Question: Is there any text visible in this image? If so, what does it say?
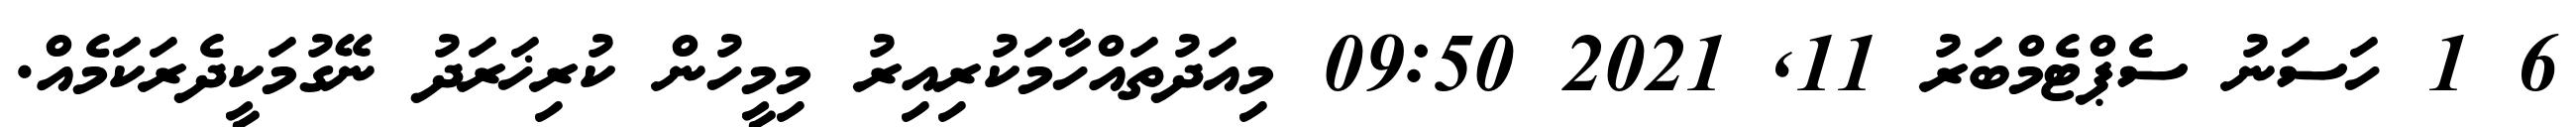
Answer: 6 1 ހަސަނު ސެޕްޓެމްބަރު 11, 2021 09:50 މިއަދުތައްހާމަކުރިއިރު މިމީހުން ކުރިޚަރަދު ނޭގުމަކީދެރަކަމެއް.